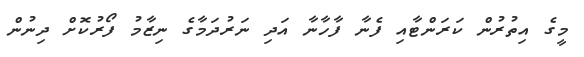
މީގެ އިތުރުން ކަރަންޓާއި ފެނާ ފާހާނާ އަދި ނަރުދަމާގެ ނިޒާމު ފޯރުކޮށް ދިނުން